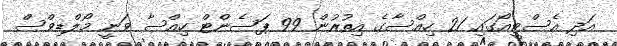
އަދި އެސްޓީއޯގައި 21 ހިއްސާގެ އިތުރުން 99 ޕަސެންޓް ހިއްސާ ވަނީ މޯލްޑިވްސް